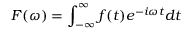
F ( \omega ) = \int _ { - \infty } ^ { \infty } f ( t ) e ^ { - i \omega t } d t